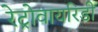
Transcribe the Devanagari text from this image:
रेट्रोवायरिडी